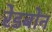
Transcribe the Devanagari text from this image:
रेडबोन